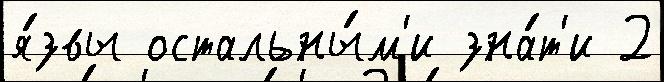
я́звы остальны́м'и зна́т'и 2